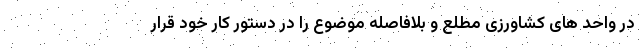
در واحد های کشاورزی مطلع و بلافاصله موضوع را در دستور کار خود قرار